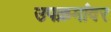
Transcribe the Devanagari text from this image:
उपक्रमांवर